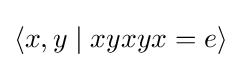
\langle x,y\mid xyxyx=e\rangle